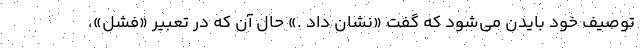
توصیف خود بایدن می‌شود که گفت «نشان داد .» حال آن که در تعبیر «فشل»،